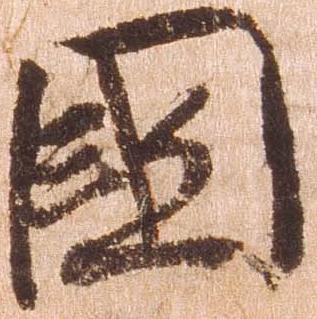
国